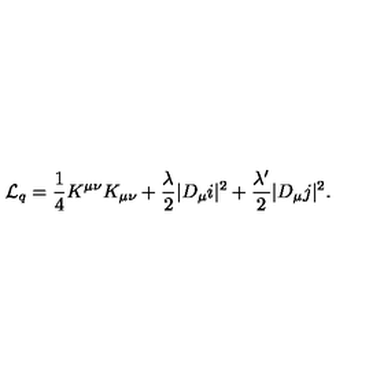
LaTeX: { \cal L } _ { \sc q } = \frac { 1 } { 4 } K ^ { \mu \nu } K _ { \mu \nu } + \frac { \lambda } { 2 } | D _ { \mu } i | ^ { 2 } + \frac { \lambda ^ { \prime } } { 2 } | D _ { \mu } j | ^ { 2 } .